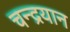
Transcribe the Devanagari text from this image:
चन्‍द्रयान